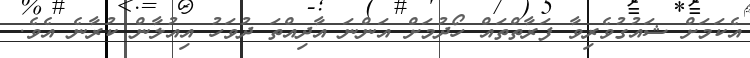
އެކަމަށް ޝައުގުވެރިވާ ފަރާތްތައް ހޯދުމަށް އަންނަ އާދިއްތަ ދުވަހު އިއުލާން ކުރާނެ އެވެ.